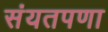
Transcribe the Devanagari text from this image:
संयतपणा